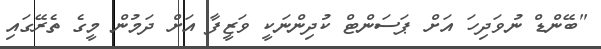
"ބޭންޑް ނުވަދިހަ އަށް ޕަސަންޓް ކުދިންނަކީ ވަޒީފާ އަށް ދަމުން މީގެ ތެރޭގައި